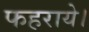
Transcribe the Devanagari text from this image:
फहराये।